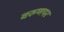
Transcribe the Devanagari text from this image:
वरुणपर